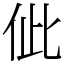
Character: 佌